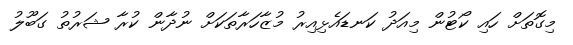
މިގޮތަށް ހައި ކޯޓުން މިއަދު ކަނޑައެޅިއިރު މުޒާހަރާތަކަށް ނުދާން ކުރާ ޝަރުތު ގަބޫލު